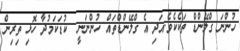
ހުންނަ ގްލޭންޑް ތަކެކެވެ.އަދި އެ ގްލޭންޑްތައް ހުންނަނީ  ކުޑަކަމުދާ ހޮޅި ތިރިން